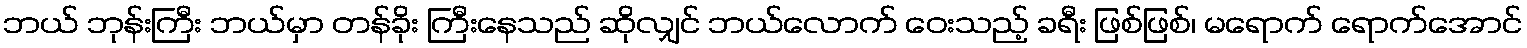
ဘယ် ဘုန်းကြီး ဘယ်မှာ တန်ခိုး ကြီးနေသည် ဆိုလျှင် ဘယ်လောက် ဝေးသည့် ခရီး ဖြစ်ဖြစ်၊ မရောက် ရောက်အောင်